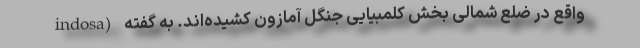
indosa) واقع در ضلع شمالی بخش کلمبیایی جنگل آمازون کشیده‌اند. به گفته